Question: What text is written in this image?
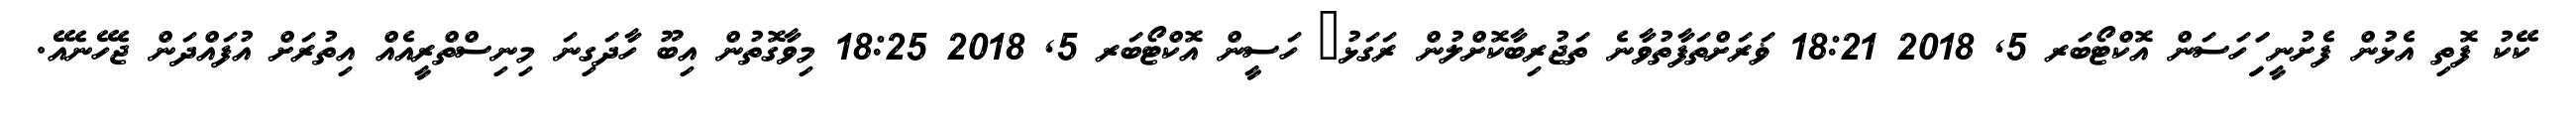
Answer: ކޭކު ފޮތި އެޅުން ފެށުނީ ިިަިަހަސަން އޮކްޓޯބަރ 5, 2018 18:21 ޥަރަށްތަފާތުވާނެ ތަޖުރިބާކޮށްލުން ރަގަޅު? ހަސީން އޮކްޓޯބަރ 5, 2018 18:25 މިވާގޮތުން އިބޫ ހާދަގިނަ މިނިސްތްރީއެއް އިތުރަށް އުފައްދަން ޖެހޭނެއޭ.